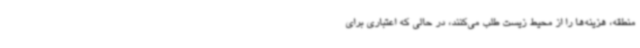
منطقه، هزینه‌ها را از محیط زیست طلب می‌کنند، در حالی که اعتباری برای